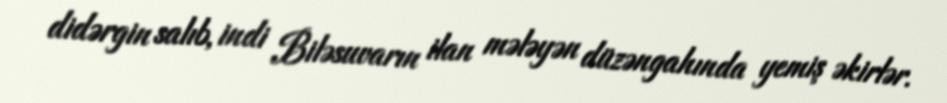
didərgin salıb, indi Biləsuvarın ilan mələyən düzəngahında yemiş əkirlər.